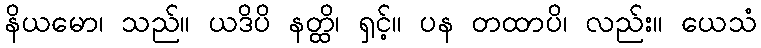
နိယမော၊ သည်။ ယဒိပိ နတ္ထိ၊ ရှင့်။ ပန တထာပိ၊ လည်း။ ယေသံ